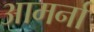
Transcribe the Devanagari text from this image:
आमर्ना